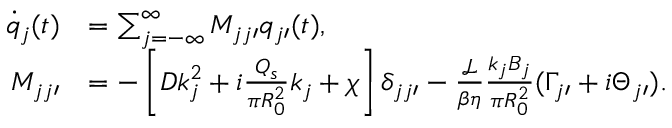
\begin{array} { r l } { \dot { q } _ { j } ( t ) } & { = \sum _ { j = - \infty } ^ { \infty } M _ { j j \prime } q _ { j \prime } ( t ) , } \\ { M _ { j j \prime } } & { = - \left[ D k _ { j } ^ { 2 } + i \frac { Q _ { s } } { \pi R _ { 0 } ^ { 2 } } k _ { j } + \chi \right] \delta _ { j j \prime } - \frac { \mathcal { L } } { \beta \eta } \frac { k _ { j } B _ { j } } { \pi R _ { 0 } ^ { 2 } } ( \Gamma _ { j \prime } + i \Theta _ { j \prime } ) . } \end{array}